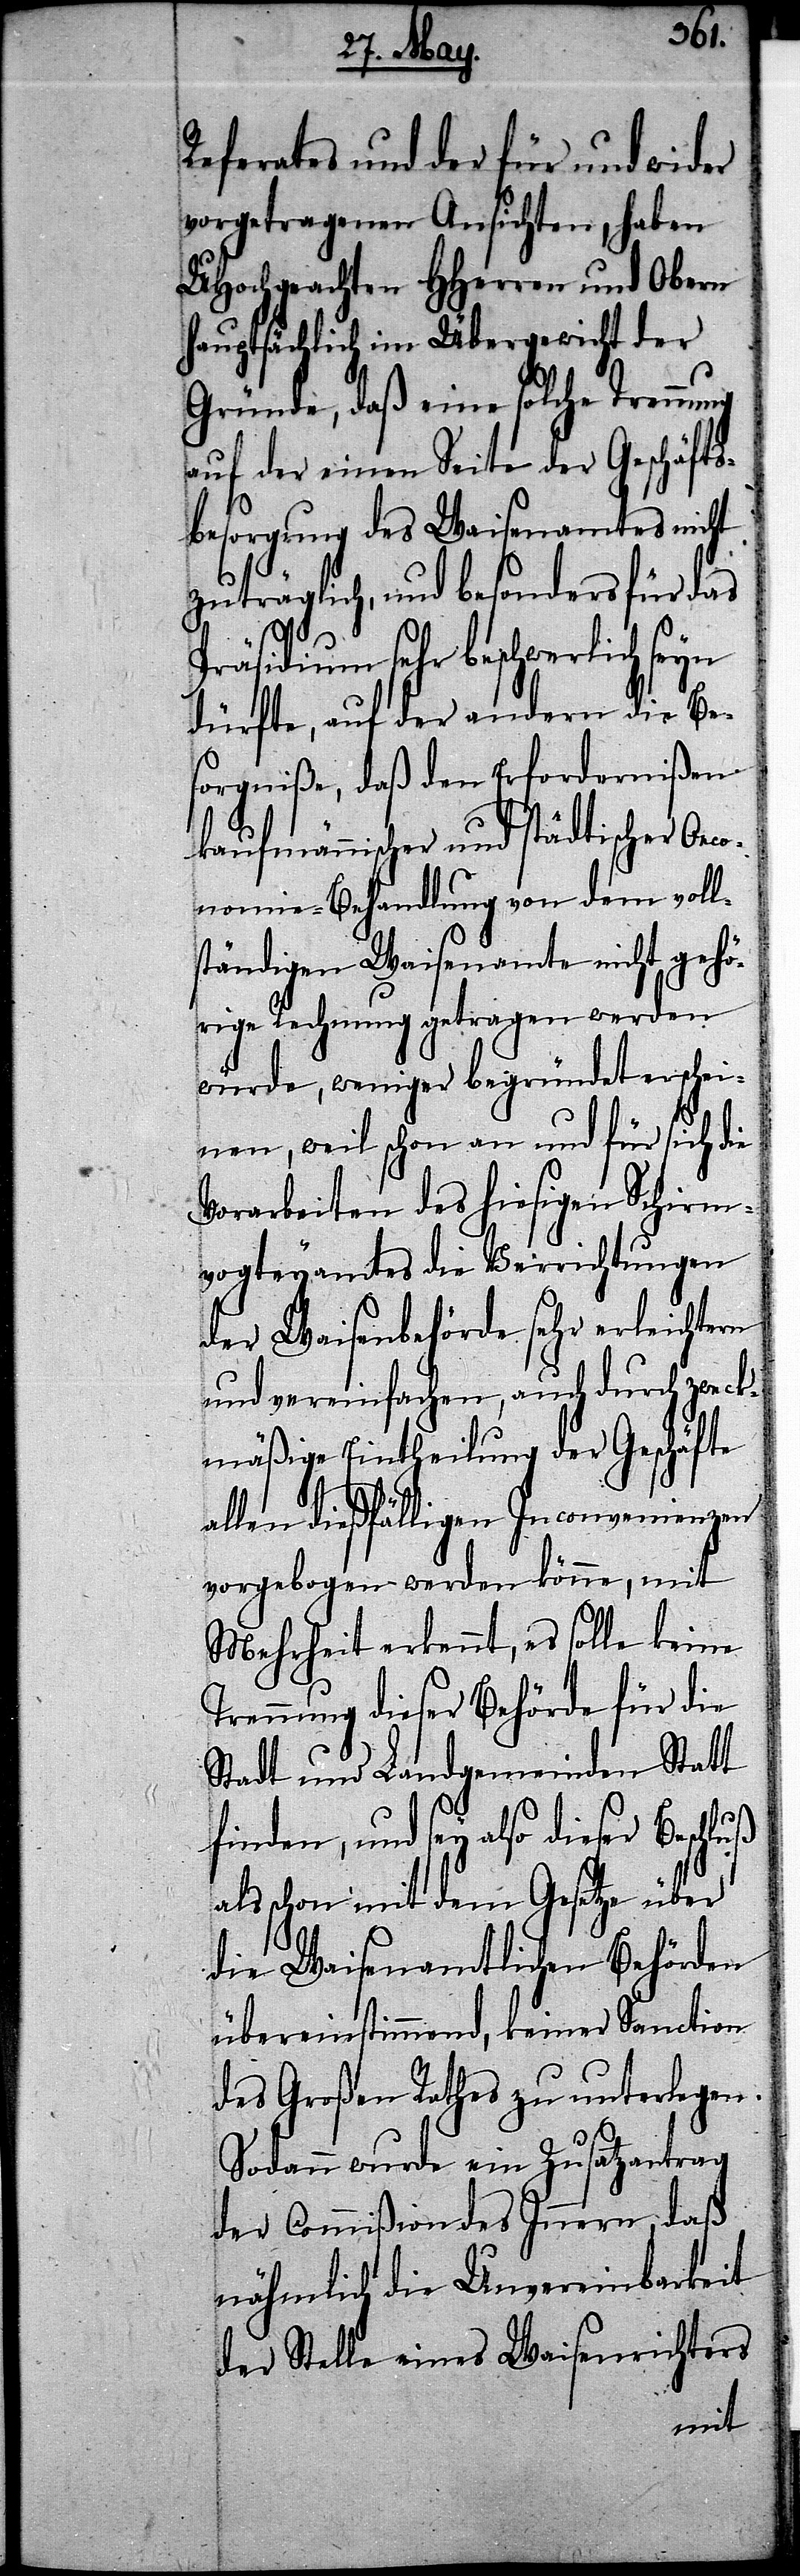
Referates und der für und wider
vorgetragenen Ansichten, haben
UHochgeachten HHerren und Obern
hauptsächlich im Übergewicht der
Gründe, daß eine solche Trennung
auf der einen Seite der Geschäfts¬
besorgung des Waisenamtes nicht
zuträglich, und besonders für das
räsidium sehr beschwerlich
dürfte, auf der andern die Be¬
sorgniße, daß den Erfordernißen
kaufmännischer und städtischer Oeco¬
nomie-Behandlung von dem voll¬
ständigen Waisenamte nicht gehö¬
rige Rechnung getragen werden
würde, weniger begründet erschei¬
nen, weil schon an und für sich die
Vorarbeiten des hiesigen Schirm¬
vogteyamtes die Verrichtungen
der Waisenbehörde sehr erleichtern
und vereinfachen, auch durch zweck¬
mäßige Eintheilung der Geschäfte
P¬
allen dießfälligen Inconvenienzen
vorgebogen werden könne, mit
Mehrheit erkennt, es solle keine
Trennung dieser Behörde für die
Stadt und Landgemeinde Statt
finden, und sey also dieser Beschluß
als schon mit dem Gesetze über
die Waisenamtlichen Behörden
übereinstimmend, keiner Sanction
des Großen Rathes zu unterlegen.
Sodann wurde ein Zusatzantrag
der Commißion des Innern, daß
nähmlich die Unvereinbarkeit
der Stelle eines Waisenrichters